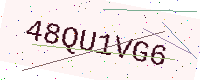
Text: 48QU1VG6